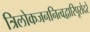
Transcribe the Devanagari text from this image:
त्रिलोकजननित्वद्वारिपूरोदरे